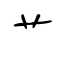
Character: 艹